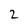
Character: 2